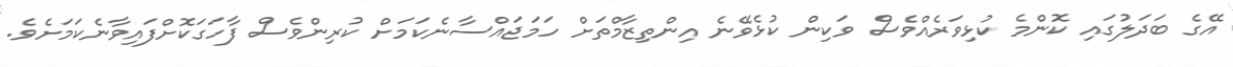
އޭގެ ބަދަލުގައި ކޮންމެ ކުޅިވަރެއްވެސް ވަކިން ކުޅެވޭނެ އިންތިޒާމްތަށް ހަމަޖައްސާނެކަމަށް ކުރިންވެސް ފާހަގަކޮށްފައިވާނެކަމަށެވެ.